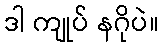
ဒါ ကျုပ် နဂိုပဲ။